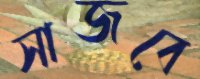
সাজবে